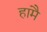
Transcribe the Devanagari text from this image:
हामै